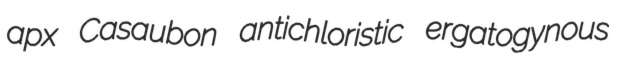
apx Casaubon antichloristic ergatogynous